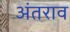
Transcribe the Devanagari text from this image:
अंतराव